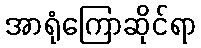
အာရုံကြောဆိုင်ရာ